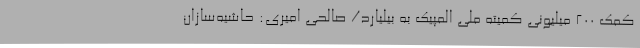
کمک 200 میلیونی کمیته ملی المپیک به بیلیارد/ صالحی امیری: حاشیه‌سازان